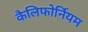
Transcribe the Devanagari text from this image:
कैलिफोर्नियम